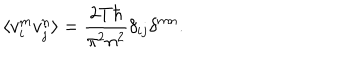
LaTeX: \langle v _ { i } ^ { m } v _ { j } ^ { n } \rangle = \frac { 2 T \hbar } { \pi ^ { 2 } n ^ { 2 } } \delta _ { i j } \delta ^ { m n } .